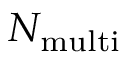
N _ { \mathrm { m u l t i } }